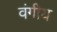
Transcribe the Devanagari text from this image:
वंगीय